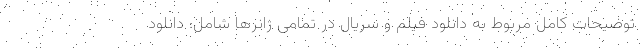
توضیحات کامل مربوط به دانلود فیلم و سریال در تمامی ژانرها شامل: دانلود